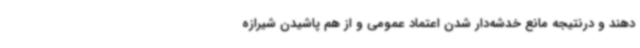
دهند و درنتیجه مانع خدشه‌دار شدن اعتماد عمومی و از هم پاشیدن شیرازه